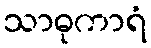
သာဓုကာရံ